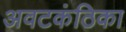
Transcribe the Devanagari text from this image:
अवटकंठिका